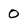
Character: 0